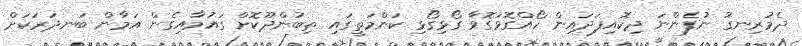
ދެމުރިނގު ނުފެންނަ ދިކޮއިފަދައިން ހޯއްގޮވަގޮވާ ގޯޅިގޯޅި ކަންމަތީގައި ތިބުންދޫކޮށް ގައުމާއިގެން އަމާން ބަނދަރަކަށް